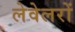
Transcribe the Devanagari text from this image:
लेवेलरों